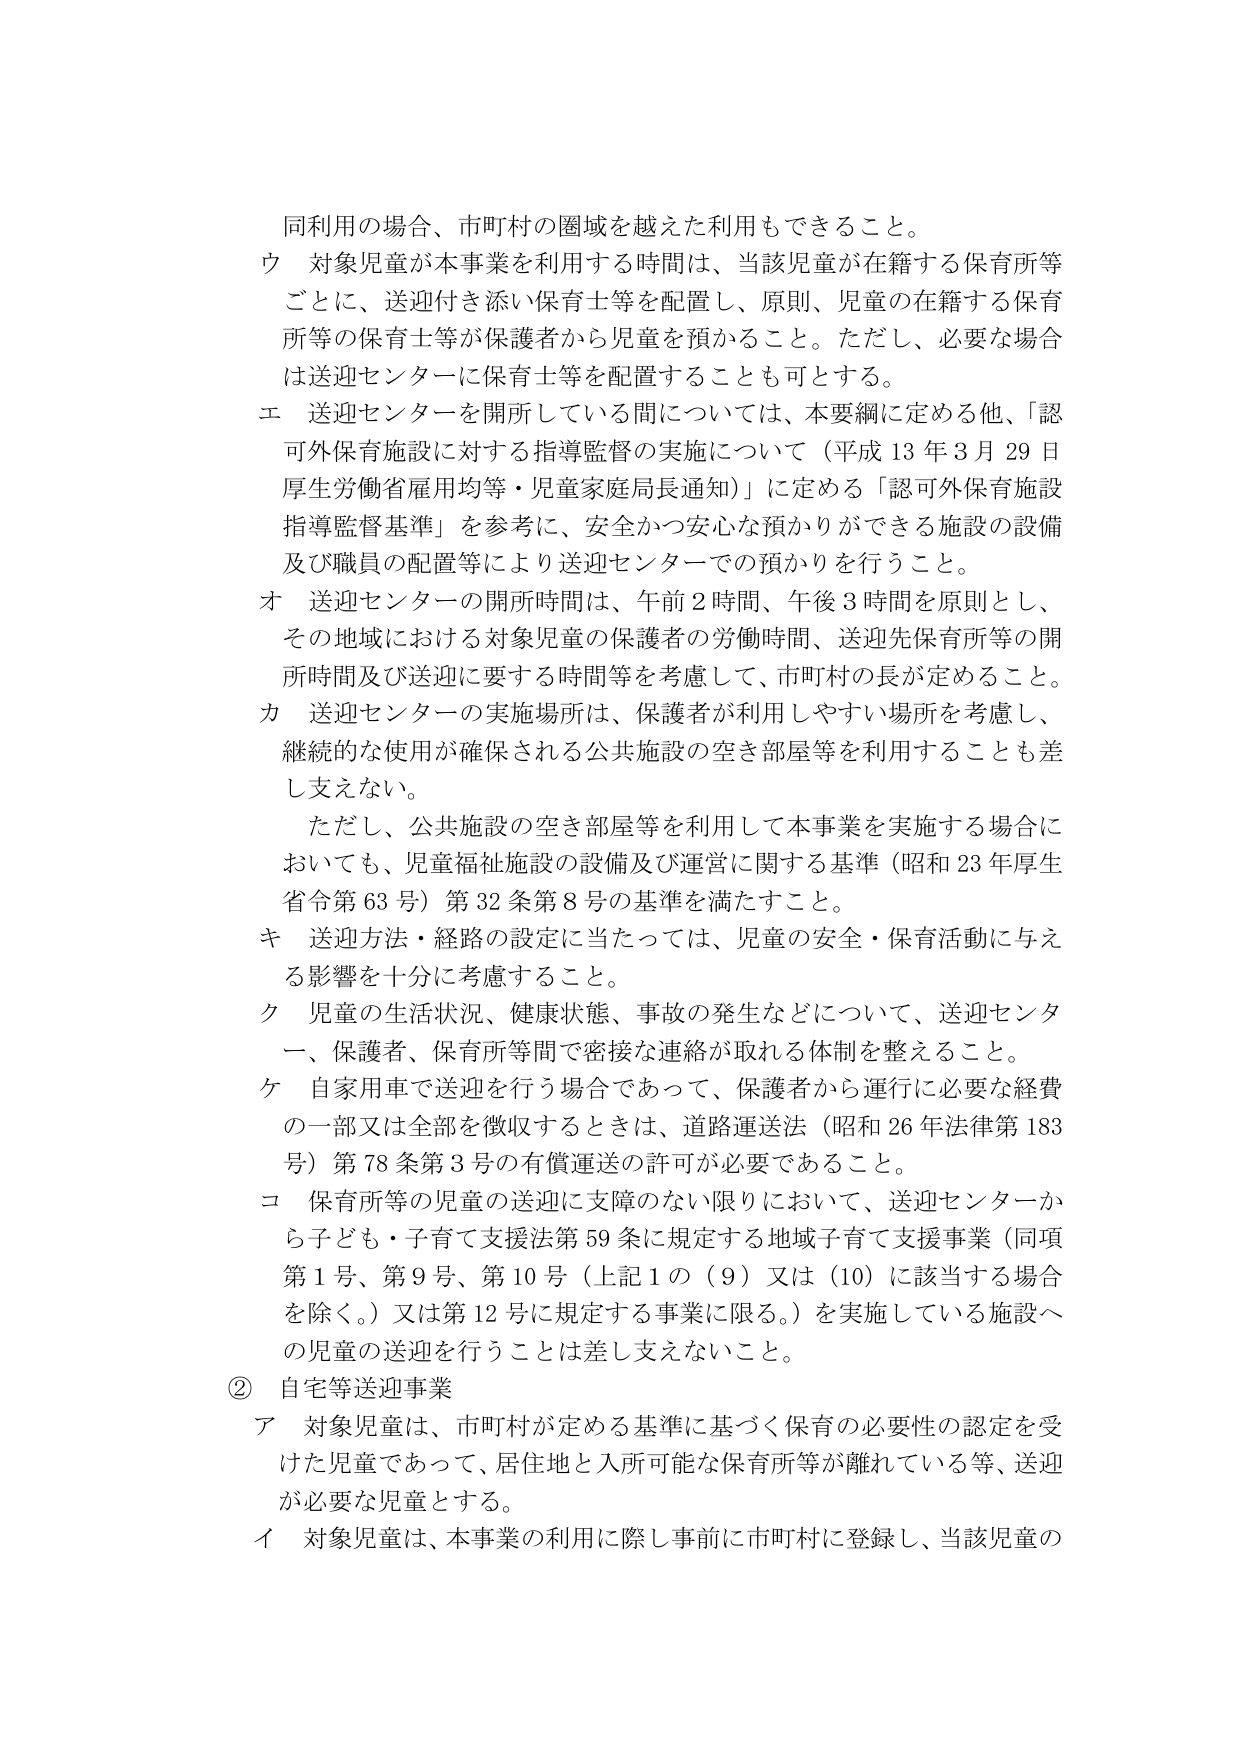
同利用の場合、市町村の圏域を越えた利用もできること。

ウ 対象児童が本事業を利用する時間は、当該児童が在籍する保育所等ごとに、送迎付き添い保育士等を配置し、原則、児童の在籍する保育所等の保育士等が保護者から児童を預かること。ただし、必要な場合は送迎センターに保育士等を配置することも可とする。

エ 送迎センターを開所している間については、本要綱に定める他、「認可外保育施設に対する指導監督の実施について（平成13年3月29日厚生労働省雇用均等・児童家庭局長通知）」に定める「認可外保育施設指導監督基準」を参考に、安全かつ安心な預かりができる施設の設備及び職員の配置等により送迎センターでの預かりを行うこと。

オ 送迎センターの開所時間は、午前2時、午後3時を原則とし、その地域における対象児童の保護者の労働時間、送迎先保育所等の開所時間及び送迎に要する時間等を考慮して、市町村の長が定めること。

カ 送迎センターの実施場所は、保護者が利用しやすい場所を考慮し、継続的な使用が確保される公共施設の空き部屋等を利用することも差し支えない。

ただし、公共施設の空き部屋等を利用して本事業を実施する場合においても、児童福祉施設の設備及び運営に関する基準（昭和23年厚生省令第63号）第32条第8号の基準を満たすこと。

キ 送迎方法・経路の設定に当たっては、児童の安全・保育活動に与える影響を十分に考慮すること。

ク 児童の生活状況、健康状態、事故の発生などについて、送迎センター、保護者、保育所等間で密接な連絡が取れる体制を整えること。

ケ 自家用車で送迎を行う場合であって、保護者から運行に必要な経費の一部又は全部を徴収するときは、道路運送法（昭和26年法律第183号）第78条第3号の有償運送の許可が必要であること。

コ 保育所等の児童の送迎に支障のない限りにおいて、送迎センターから子ども・子育て支援法第59条に規定する地域子育て支援事業（同項第1号、第9号、第10号（上記1の（9）又は（10）に該当する場合を除く。）又は第12号に規定する事業に限る。）を実施している施設への児童の送迎を行うことは差し支えないこと。

② 自宅等送迎事業

ア 対象児童は、市町村が定める基準に基づく保育の必要性の認定を受けた児童であって、居住地と入所可能な保育所等が離れている等、送迎が必要な児童とする。

イ 対象児童は、本事業の利用に際し事前に市町村に登録し、当該児童の